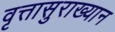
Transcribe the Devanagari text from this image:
वृत्तासुराख्यान